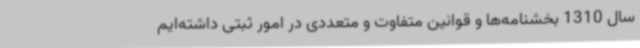
سال 1310 بخشنامه‌ها و قوانین متفاوت و متعددی در امور ثبتی داشته‌ایم